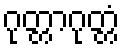
ဂုတ္တာဂုတ္တံ